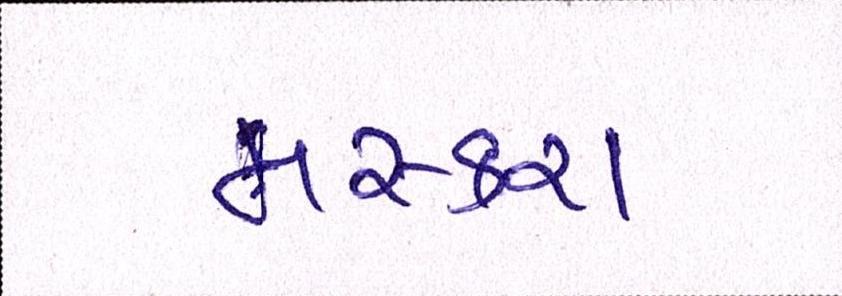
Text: મસ્કરા